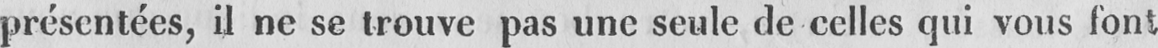
présentées, il ne se trouve pas une seule de celles qui vous font